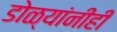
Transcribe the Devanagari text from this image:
डोळ्यांनीही